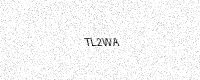
Text: TL2WA